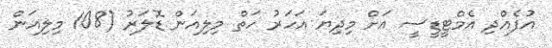
އުފެއްދި އެމްޓީޑީސީ އަށް މިދިޔަ އަހަރު ހަތް މިލިއަން ޑޮލަރު (108 މިލިއަން